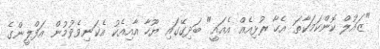
"ޒައުލް ކޮންކަމަކާތަ އެހާ ރުޅިއެއް އެއައީ" ބަދިގޭގައި ޔޫހާ އާއިއެކު އެކަނިވެވުމުން އަފްލީންގެ